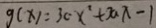
g ( x ) = 3 c x ^ { 2 } + 3 a x - 1